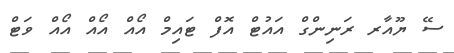
ސޭ ޔޫއާރ ރަނިންގް އައުޓް އޮފް ޓައިމް އޯއް އޯއް އޯއް ވަޓް